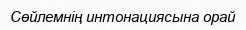
Сөйлемнің интонациясына орай